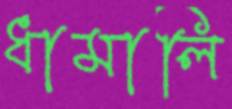
ধামালি